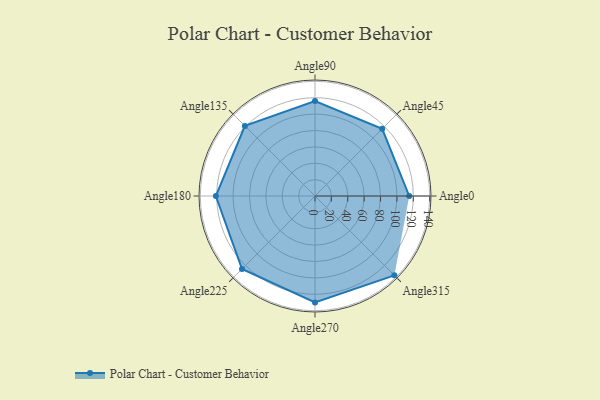
{"axis": {"x": "Angle", "y": "Radius"}, "legend": [""], "data": [{"x": "Angle0", "y": 115.0, "type": ""}, {"x": "Angle45", "y": 116.0, "type": ""}, {"x": "Angle90", "y": 116.0, "type": ""}, {"x": "Angle135", "y": 121.0, "type": ""}, {"x": "Angle180", "y": 121.0, "type": ""}, {"x": "Angle225", "y": 126.0, "type": ""}, {"x": "Angle270", "y": 130.0, "type": ""}, {"x": "Angle315", "y": 137.0, "type": ""}]}